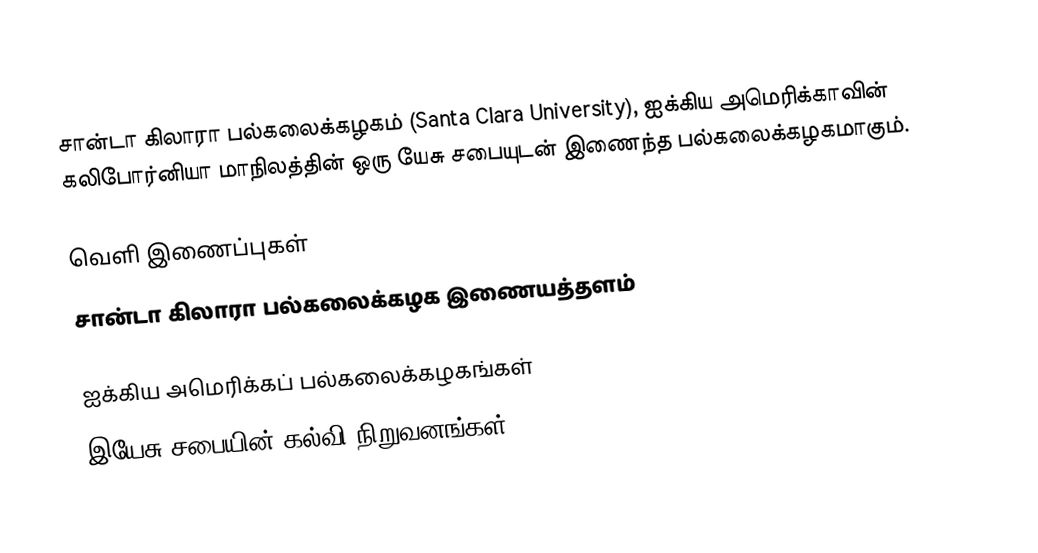
சான்டா கிலாரா பல்கலைக்கழகம் (Santa Clara University), ஐக்கிய அமெரிக்காவின் கலிபோர்னியா மாநிலத்தின் ஒரு யேசு சபையுடன் இணைந்த பல்கலைக்கழகமாகும்.

வெளி இணைப்புகள்
சான்டா கிலாரா பல்கலைக்கழக இணையத்தளம்

ஐக்கிய அமெரிக்கப் பல்கலைக்கழகங்கள்
இயேசு சபையின் கல்வி நிறுவனங்கள்